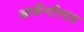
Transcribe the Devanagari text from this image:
आर्जेन्टीनात